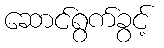
ဆောင်ရွက်ခွင့်